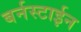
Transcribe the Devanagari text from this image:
बर्नस्टाईन